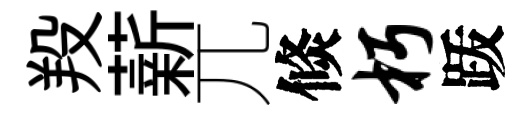
羖薪兀倐朽䟦